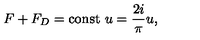
F + F _ { D } = \mathrm { c o n s t } \ u = \frac { 2 i } { \pi } u ,